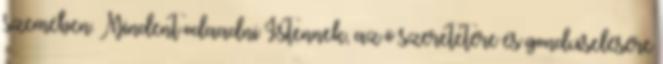
szemében. Mindent odaadni Istennek, az ő szeretetére és gondviselésére